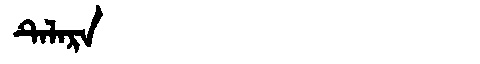
Manchu: ᡨᡝᠯᠠᡵᠠ
Romanization: TELARA